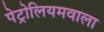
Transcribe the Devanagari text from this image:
पेट्रोलियमवाला